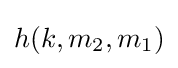
h(k,m_{2},m_{1})